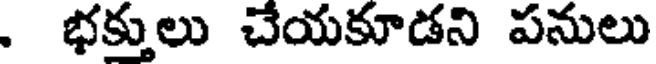
. భక్తులు చేయకూడని పనులు